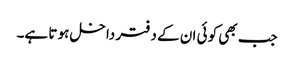
جب بھی کو ئی ان کے دفتر داخل ہو تا ہے۔